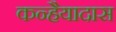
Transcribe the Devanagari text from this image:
कन्हैयादास